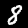
Digit: 8